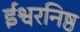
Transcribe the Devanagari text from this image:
ईश्वरनिष्ठ